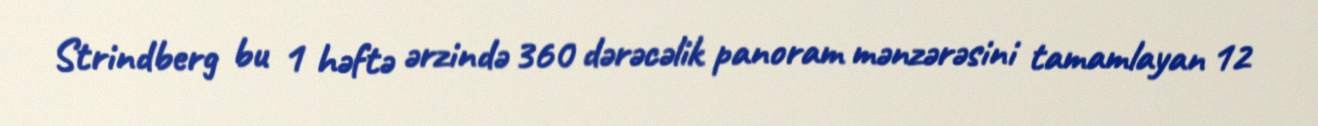
Strindberg bu 1 həftə ərzində 360 dərəcəlik panoram mənzərəsini tamamlayan 12